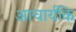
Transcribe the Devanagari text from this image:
आचार्यकि